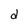
Character: d